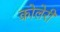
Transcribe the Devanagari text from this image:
कोलेरी